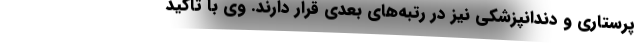
پرستاری و دندانپزشکی نیز در رتبه‌های بعدی قرار دارند. وی با تاکید